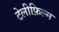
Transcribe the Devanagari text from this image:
टेलीफ़िल्म